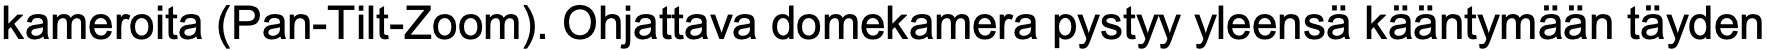
kameroita (Pan-Tilt-Zoom). Ohjattava domekamera pystyy yleensä kääntymään täyden